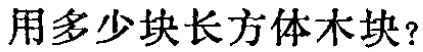
用多少块长方体木块？